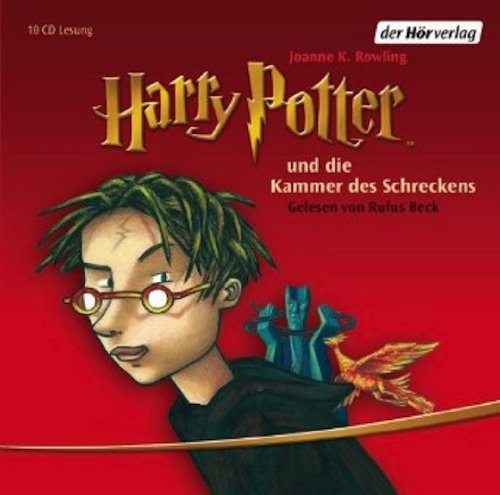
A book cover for Harry Potter und die Kammer des Schreckens (Harry Potter, #2) (German Edition); J.K. Rowling; Children's Books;